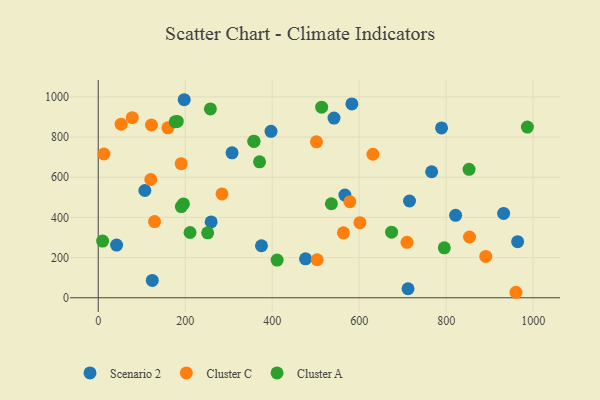
{"axis": {"x": "Study Hours", "y": "Exam Score"}, "legend": ["Cluster A", "Cluster C", "Scenario 2"], "data": [{"x": "124.3", "y": 86.5, "type": "Scenario 2"}, {"x": "789.4", "y": 845.2, "type": "Scenario 2"}, {"x": "397.3", "y": 828.5, "type": "Scenario 2"}, {"x": "375.3", "y": 258.9, "type": "Scenario 2"}, {"x": "259.6", "y": 377.8, "type": "Scenario 2"}, {"x": "821.7", "y": 410.4, "type": "Scenario 2"}, {"x": "583.2", "y": 965.1, "type": "Scenario 2"}, {"x": "712.3", "y": 44.9, "type": "Scenario 2"}, {"x": "567.1", "y": 511.4, "type": "Scenario 2"}, {"x": "476.6", "y": 194.1, "type": "Scenario 2"}, {"x": "766.6", "y": 627.3, "type": "Scenario 2"}, {"x": "964.3", "y": 279.3, "type": "Scenario 2"}, {"x": "107.2", "y": 534.1, "type": "Scenario 2"}, {"x": "307.7", "y": 721.6, "type": "Scenario 2"}, {"x": "42.2", "y": 262.3, "type": "Scenario 2"}, {"x": "197.7", "y": 985.8, "type": "Scenario 2"}, {"x": "932.1", "y": 420.1, "type": "Scenario 2"}, {"x": "542.1", "y": 894.6, "type": "Scenario 2"}, {"x": "715.7", "y": 481.8, "type": "Scenario 2"}, {"x": "501.8", "y": 776.3, "type": "Cluster C"}, {"x": "122.4", "y": 859.9, "type": "Cluster C"}, {"x": "78.3", "y": 896.4, "type": "Cluster C"}, {"x": "853.7", "y": 302.5, "type": "Cluster C"}, {"x": "284.6", "y": 516.8, "type": "Cluster C"}, {"x": "891.0", "y": 205.8, "type": "Cluster C"}, {"x": "13.1", "y": 715.6, "type": "Cluster C"}, {"x": "601.7", "y": 373.7, "type": "Cluster C"}, {"x": "563.7", "y": 323.3, "type": "Cluster C"}, {"x": "710.0", "y": 275.8, "type": "Cluster C"}, {"x": "160.2", "y": 845.8, "type": "Cluster C"}, {"x": "631.6", "y": 714.5, "type": "Cluster C"}, {"x": "960.4", "y": 27.4, "type": "Cluster C"}, {"x": "503.4", "y": 189.3, "type": "Cluster C"}, {"x": "129.5", "y": 379.2, "type": "Cluster C"}, {"x": "52.6", "y": 864.1, "type": "Cluster C"}, {"x": "190.8", "y": 667.7, "type": "Cluster C"}, {"x": "120.9", "y": 588.8, "type": "Cluster C"}, {"x": "578.5", "y": 478.1, "type": "Cluster C"}, {"x": "177.0", "y": 875.6, "type": "Cluster A"}, {"x": "10.1", "y": 282.2, "type": "Cluster A"}, {"x": "257.9", "y": 940.0, "type": "Cluster A"}, {"x": "674.5", "y": 326.3, "type": "Cluster A"}, {"x": "251.6", "y": 323.2, "type": "Cluster A"}, {"x": "795.7", "y": 248.8, "type": "Cluster A"}, {"x": "181.8", "y": 877.6, "type": "Cluster A"}, {"x": "357.8", "y": 779.5, "type": "Cluster A"}, {"x": "536.1", "y": 468.0, "type": "Cluster A"}, {"x": "513.7", "y": 948.6, "type": "Cluster A"}, {"x": "852.6", "y": 639.3, "type": "Cluster A"}, {"x": "986.7", "y": 849.8, "type": "Cluster A"}, {"x": "211.1", "y": 325.0, "type": "Cluster A"}, {"x": "191.1", "y": 453.9, "type": "Cluster A"}, {"x": "411.3", "y": 187.8, "type": "Cluster A"}, {"x": "195.9", "y": 467.0, "type": "Cluster A"}, {"x": "370.9", "y": 676.9, "type": "Cluster A"}, {"x": "358.1", "y": 777.8, "type": "Cluster A"}]}